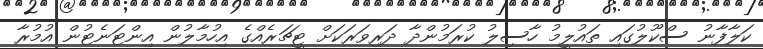
ކަލާފާނު ސްކޫލުގައި ތައުލީމު ހާސިލު ކުރަމުންދާ ދަރިވަރަކަށް ޓީޗަރެއްގެ އިހުމާލުން އިންޓަނެޓުން އުމުރާ